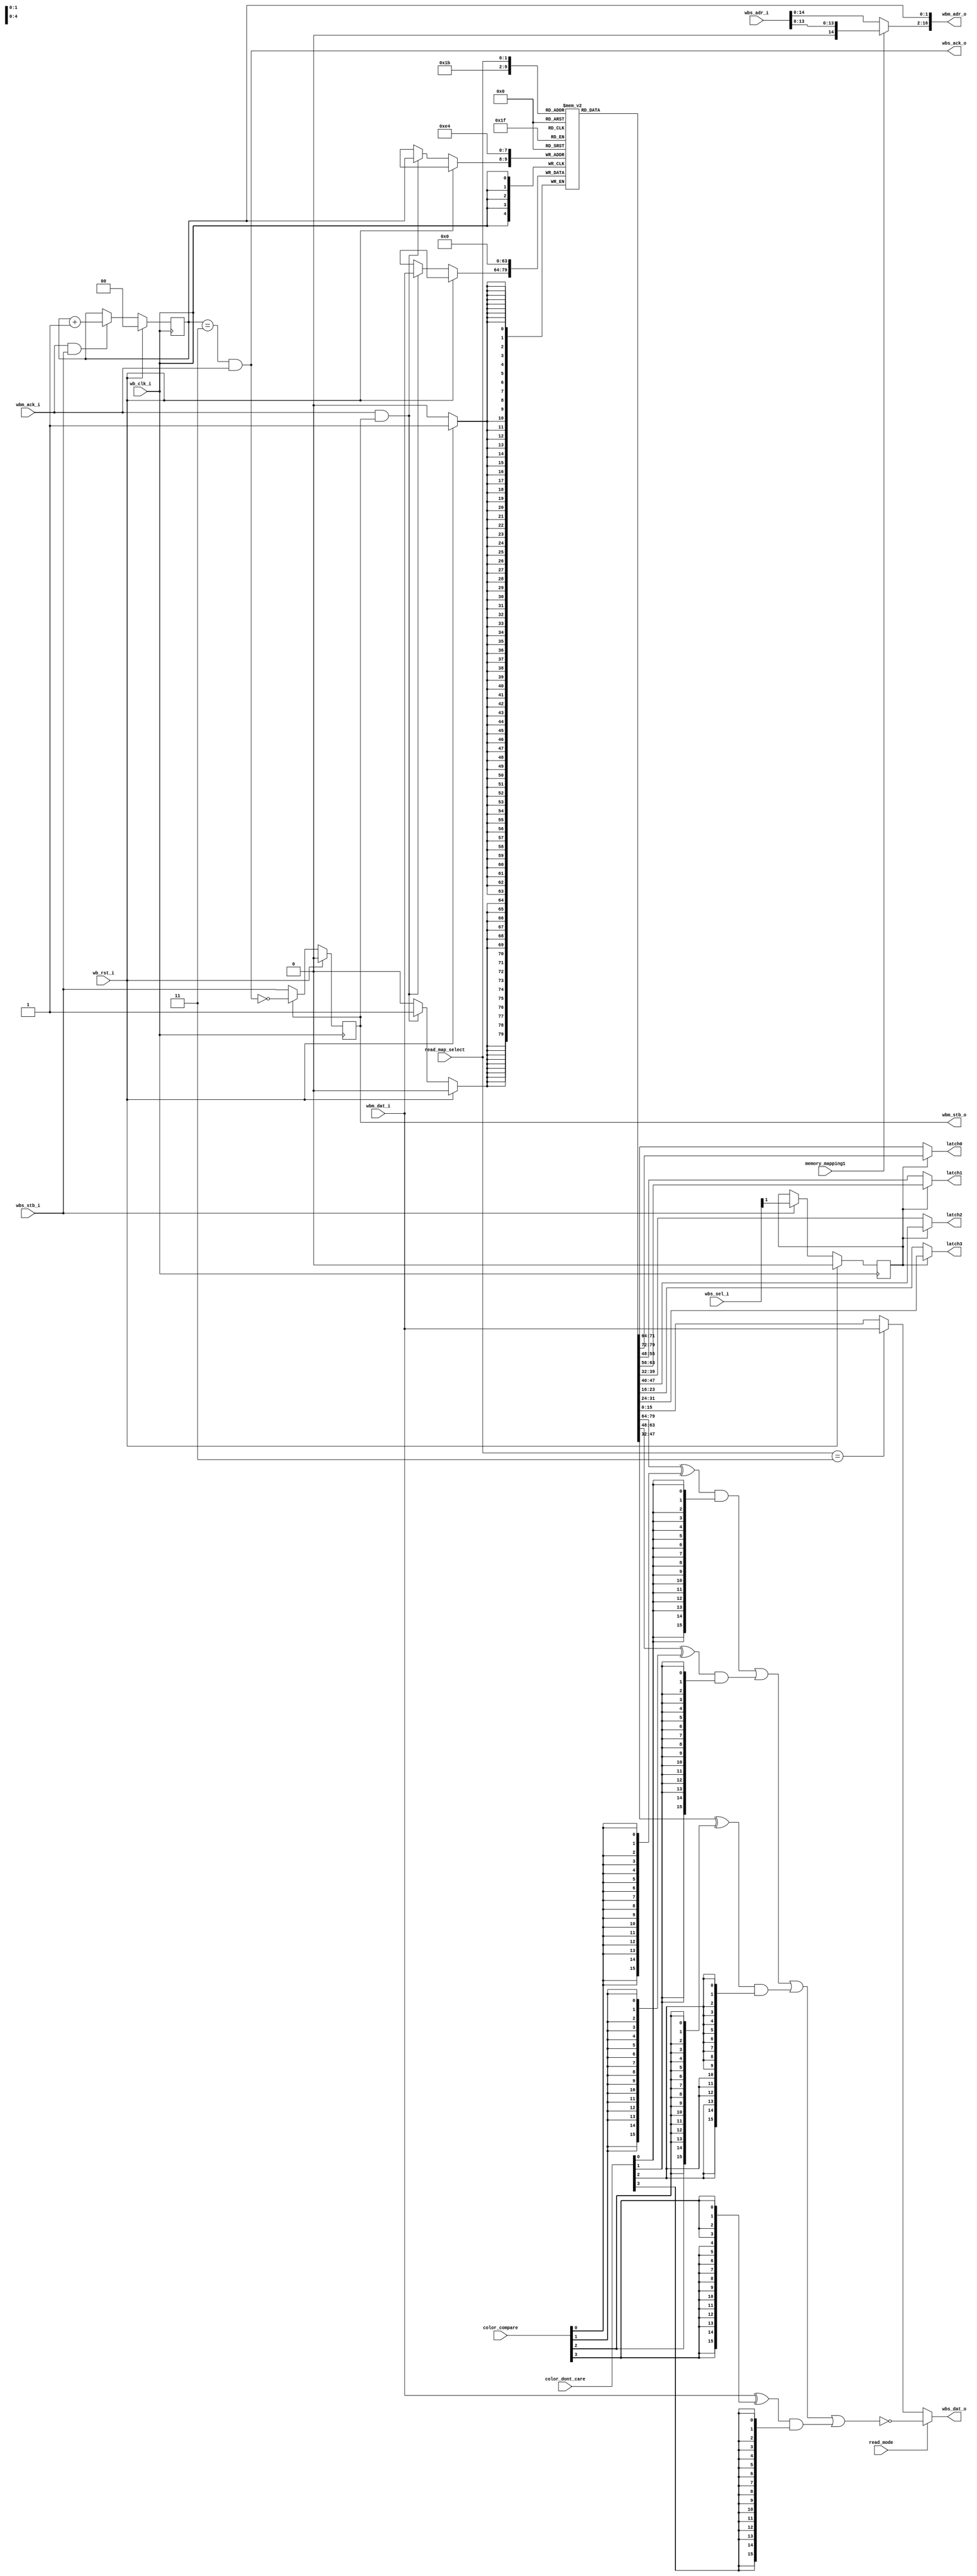
module vga_read_iface (
    input         wb_clk_i,
    input         wb_rst_i,
    input  [16:1] wbs_adr_i,
    input  [ 1:0] wbs_sel_i,
    output [15:0] wbs_dat_o,
    input         wbs_stb_i,
    output        wbs_ack_o,
    output     [17:1] wbm_adr_o,
    input      [15:0] wbm_dat_i,
    output reg        wbm_stb_o,
    input             wbm_ack_i,
    input        memory_mapping1,
    input        read_mode,
    input  [1:0] read_map_select,
    input  [3:0] color_compare,
    input  [3:0] color_dont_care,
    output [7:0] latch0,
    output [7:0] latch1,
    output [7:0] latch2,
    output [7:0] latch3
  );
  reg [ 1:0] plane;
  reg        latch_sel;
  reg [15:0] latch [0:3];
  wire [15:1] offset;
  wire [15:0] dat_o0, dat_o1;
  wire [15:0] out_l0, out_l1, out_l2, out_l3;
  wire        cont;
  assign latch0 = latch_sel ? latch[0][15:8] : latch[0][7:0];
  assign latch1 = latch_sel ? latch[1][15:8] : latch[1][7:0];
  assign latch2 = latch_sel ? latch[2][15:8] : latch[2][7:0];
  assign latch3 = latch_sel ? latch[3][15:8] : latch[3][7:0];
  assign wbm_adr_o = { offset, plane };
  assign wbs_ack_o = (plane==2'b11 && wbm_ack_i);
  assign offset    = memory_mapping1 ? { 1'b0, wbs_adr_i[14:1] }
                                     : wbs_adr_i[15:1];
  assign wbs_dat_o = read_mode ? dat_o1 : dat_o0;
  assign dat_o0    = (read_map_select==2'b11) ? wbm_dat_i
                                              : latch[read_map_select];
  assign dat_o1    = ~(out_l0 | out_l1 | out_l2 | out_l3);
  assign out_l0 = (latch[0] ^ { 16{color_compare[0]} })
                            & { 16{color_dont_care[0]} };
  assign out_l1 = (latch[1] ^ { 16{color_compare[1]} })
                            & { 16{color_dont_care[1]} };
  assign out_l2 = (latch[2] ^ { 16{color_compare[2]} })
                            & { 16{color_dont_care[2]} };
  assign out_l3 = (wbm_dat_i ^ { 16{color_compare[3]} })
                            & { 16{color_dont_care[3]} };
  assign cont = wbm_ack_i && wbs_stb_i;
  always @(posedge wb_clk_i)
    latch_sel <= wb_rst_i ? 1'b0
      : (wbs_stb_i ? wbs_sel_i[1] : latch_sel);
  always @(posedge wb_clk_i)
    wbm_stb_o <= wb_rst_i ? 1'b0 : (wbm_stb_o ? ~wbs_ack_o : wbs_stb_i);
  always @(posedge wb_clk_i)
    plane <= wb_rst_i ? 2'b00 : (cont ? (plane + 2'b01) : plane);
  always @(posedge wb_clk_i)
    if (wb_rst_i)
      begin
        latch[0] <= 8'h0;
        latch[1] <= 8'h0;
        latch[2] <= 8'h0;
        latch[3] <= 8'h0;
      end
    else if (wbm_ack_i && wbm_stb_o) latch[plane] <= wbm_dat_i;
endmodule